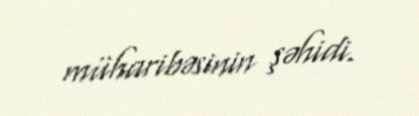
müharibəsinin şəhidi.